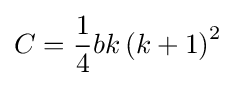
C={\frac {1}{4}}bk\left(k+1\right)^{2}